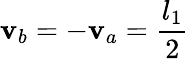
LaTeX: \mathbf{v}_{b}=-\mathbf{v}_{a}=\frac{{l_{1}}}{{2}}